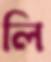
লি